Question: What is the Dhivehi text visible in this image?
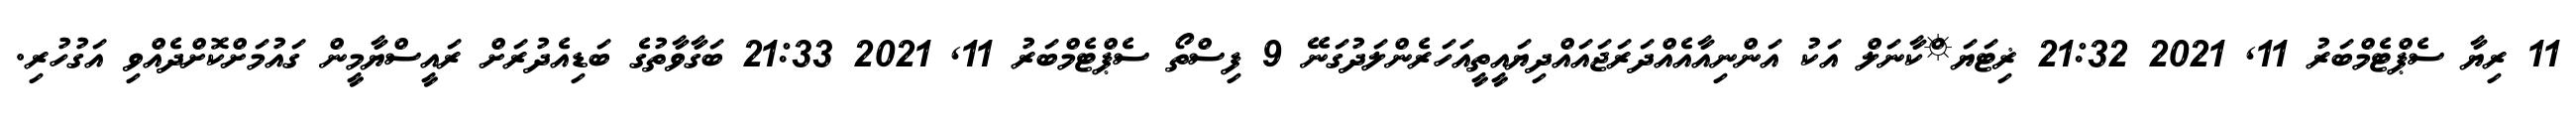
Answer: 11 ރިޔާ ސެޕްޓެމްބަރު 11, 2021 21:32 ޜިޓަޔަޱްކާނަލް އަކު އަންނިއާއެއްދަރަޖައައްދިޔައީތީއަހަރެންލަދުގަނޭ 9 ފިސްތޯ ސެޕްޓެމްބަރު 11, 2021 21:33 ބަގާވާތުގެ ބަޑިއެދުރަށް ރައީސްޔާމީން ގައުމަށްކޮށްދެއްވި އަގުހުރި.